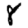
Digit: 8